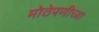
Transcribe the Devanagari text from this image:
मोठेपणीच्या